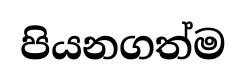
පියනගත්ම